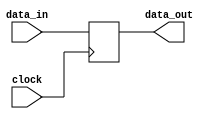
module level_sensitive_latch (
    input wire data_in,
    input wire clock,
    output reg data_out
);

always @(posedge clock) begin
    if (clock) begin
        data_out <= data_in;
    end
end

endmodule